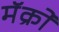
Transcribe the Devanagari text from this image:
मॅक्रो